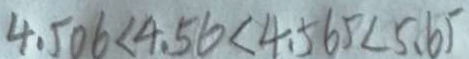
4 . 5 0 6 < 4 . 5 6 < 4 . 5 6 5 < 5 . 6 5